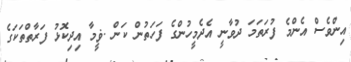
އިންވެސް އެންމެ ފުރަތަމަ ދުވާނީ އެދެމީހުންގެ ފަހަތުން ކަން .ޥީމާ އިދިކޮޅު ފަރާތްތަކަގެ